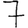
Digit: 7